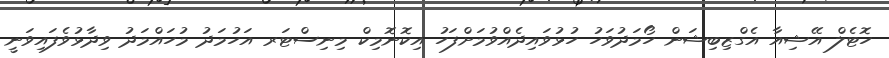
ހޮޓެލް އޭޝިއާ އެގްޒިބިޝަން ހޯމަދުވަހު ހުޅުވައިދެއްވުމަށްފަހު އިކޮނޮމިކް މިނިސްޓަރ އަހުމަދު މުހައްމަދު ވިދާޅުވެފައިވަނީ